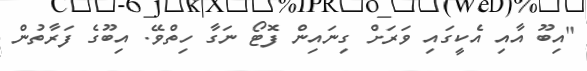
"އިބޫ އާއި އެކީގައި ވަރަށް ގިނައިން ފޮޓޯ ނަގާ ހިތްވޭ. އިބޫގެ ފަރާތުން